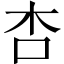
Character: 杏